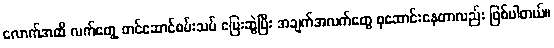
လောက်အထိ လက်တွေ့ တင်ဆောင်စမ်းသပ် ပြေးဆွဲပြီး အချက်အလက်တွေ စုဆောင်းနေတာလည်း ဖြစ်ပါတယ်။